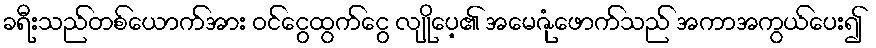
ခရီးသည်တစ်ယောက်အား ဝင်ငွေထွက်ငွေ လျိုပေ့၏ အမေဇုံဖောက်သည် အကာအကွယ်ပေး၍